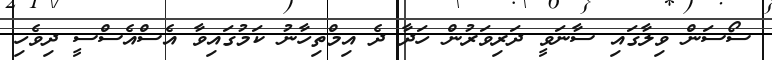
ސޯސަން ވިލާގައި ސާނަވީ ދަރިވަރުން ހަދާ ދެ އިމްތިހާނު ކަމުގައިވާ އެސްއެސްސީ ދިވެހި